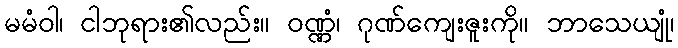
မမံဝါ၊ ငါဘုရား၏လည်း။ ဝဏ္ဏံ၊ ဂုဏ်ကျေးဇူးကို။ ဘာသေယျုံ၊